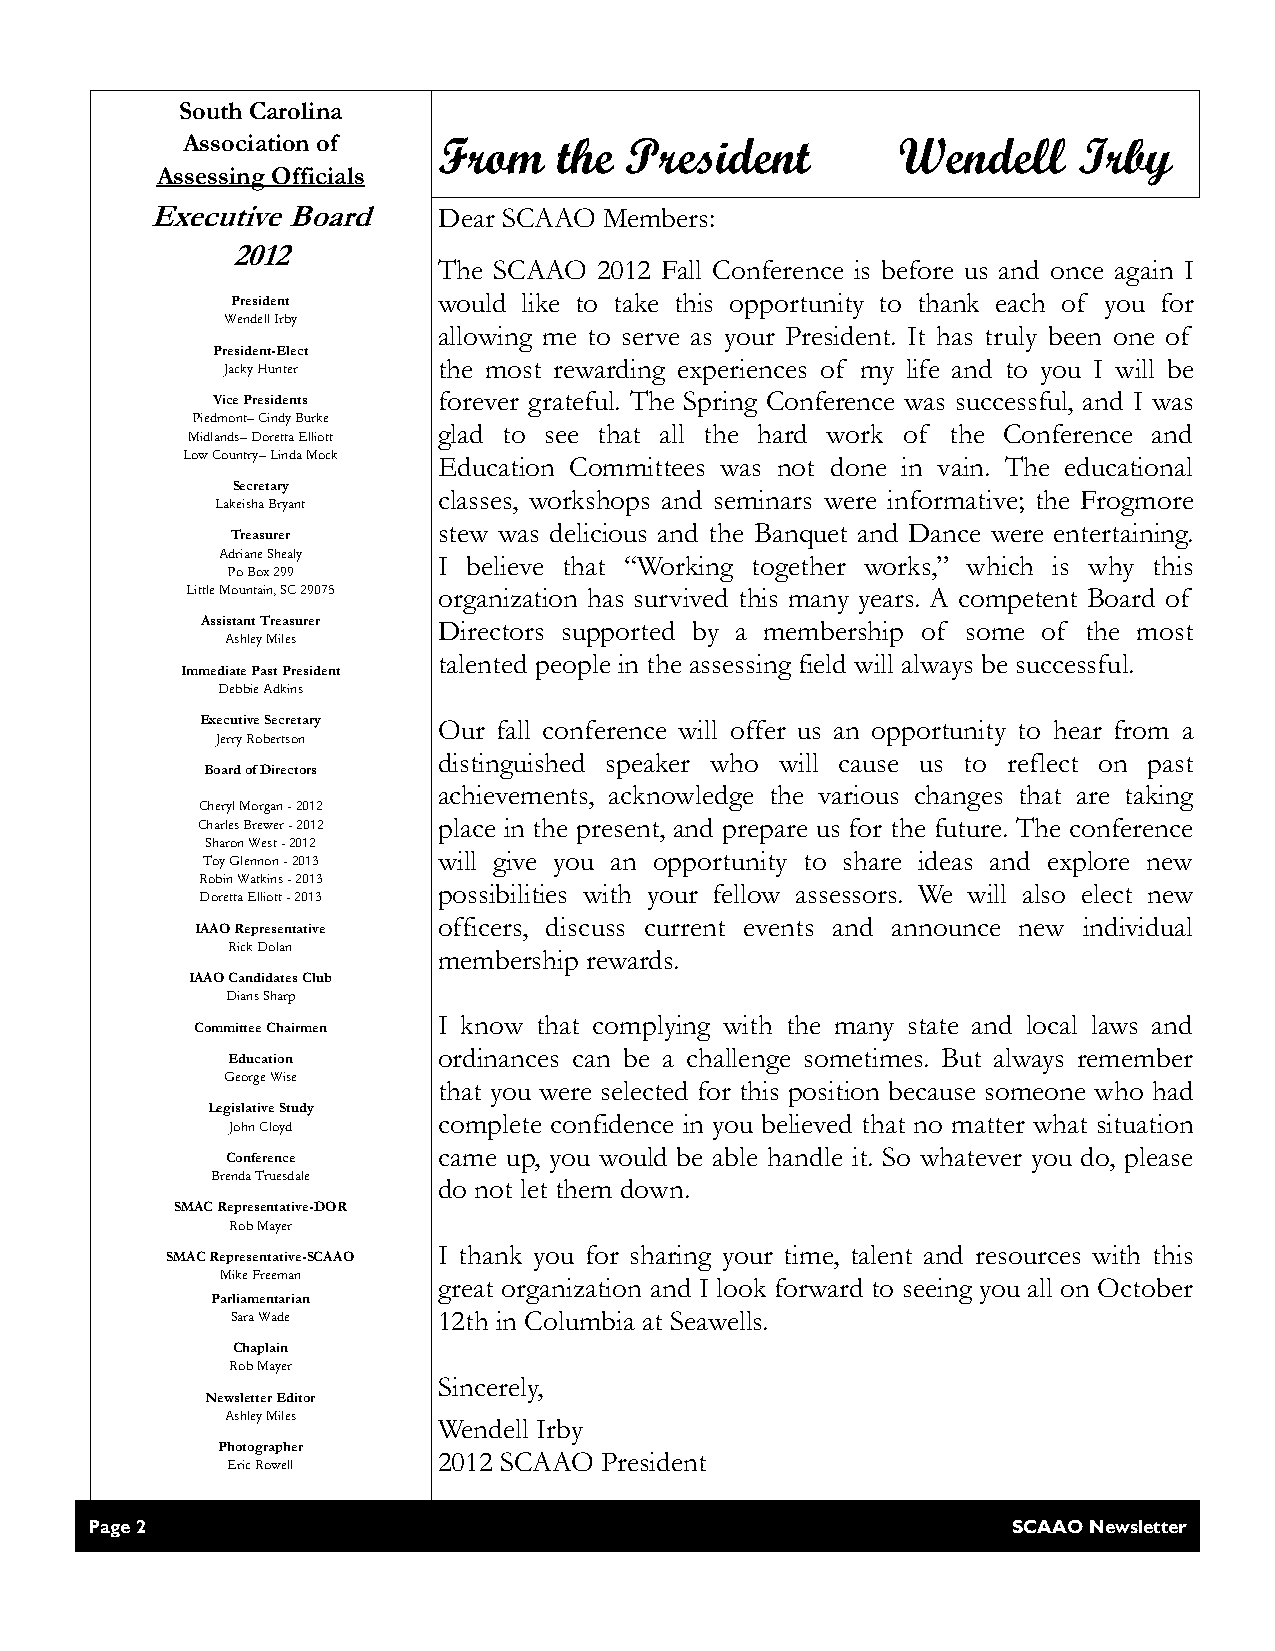
South Carolina
 Association of   From    the President         Wendell     Irby
 Assessing Officials
 Executive Board    Dear SCAAO Members:
 2012
 The SCAAO  2012 Fall Conference is before us and once again I
 President     would like to take this opportunity to thank each of you for
 Wendell Irby
 allowing me to serve as your President. It has truly been one of
 President-Elect
 Jacky Hunter  the most rewarding experiences of my life and to you I will be
 Vice Presidents forever grateful. The Spring Conference was successful, and I was
 Piedmont– Cindy Burke
 glad to see that all the hard work of the Conference and
 Midlands– Doretta Elliott
 Low Country– Linda Mock
 Education Committees was not done in vain. The educational
 Secretary
 classes, workshops and seminars were informative; the Frogmore
 Lakeisha Bryant
 stew was delicious and the Banquet and Dance were entertaining.
 Treasurer
 Adriane Shealy I believe that “Working together works,” which is why this
 Po Box 299
 Little Mountain, SC 29075 organization has survived this many years. A competent Board of
 Assistant Treasurer Directors supported by a membership of some of the most
 Ashley Miles
 talented people in the assessing field will always be successful.
 Immediate Past President
 Debbie Adkins
 Executive Secretary Our fall conference will offer us an opportunity to hear from a
 Jerry Robertson
 distinguished speaker who will cause us to reflect on past
 Board of Directors
 achievements, acknowledge the various changes that are taking
 Cheryl Morgan - 2012
 Charles Brewer - 2012 place in the present, and prepare us for the future. The conference
 Sharon West - 2012
 Toy Glennon - 2013 will give you an opportunity to share ideas and explore new
 Robin Watkins - 2013
 possibilities with your fellow assessors. We will also elect new
 Doretta Elliott - 2013
 officers, discuss current events and announce new individual
 IAAO Representative
 Rick Dolan
 membership rewards.
 IAAO Candidates Club
 Dians Sharp
 I know that complying with the many state and local laws and
 Committee Chairmen
 ordinances can be a challenge sometimes. But always remember
 Education
 George Wise
 that you were selected for this position because someone who had
 Legislative Study
 complete confidence in you believed that no matter what situation
 John Cloyd
 came up, you would be able handle it. So whatever you do, please
 Conference
 Brenda Truesdale
 do not let them down.
 SMAC Representative-DOR
 Rob Mayer
 I thank you for sharing your time, talent and resources with this
 SMAC Representative-SCAAO
 Mike Freeman
 great organization and I look forward to seeing you all on October
 Parliamentarian
 Sara Wade     12th in Columbia at Seawells.
 Chaplain
 Rob Mayer
 Sincerely,
 Newsletter Editor
 Ashley Miles
 Wendell Irby
 Photographer
 2012 SCAAO President
 Eric Rowell
 Page 2                                                       SCAAO Newsletter